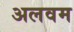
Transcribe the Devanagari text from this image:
अलवम